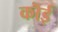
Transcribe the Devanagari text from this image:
कॊई